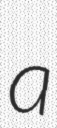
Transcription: a